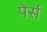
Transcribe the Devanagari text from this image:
पेर्स